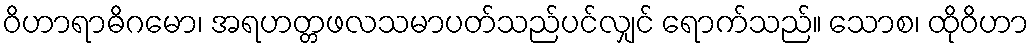
ဝိဟာရာဓိဂမော၊ အရဟတ္တဖလသမာပတ်သည်ပင်လျှင် ရောက်သည်။ သောစ၊ ထိုဝိဟာ